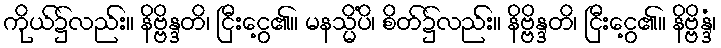
ကိုယ်၌လည်း။ နိဗ္ဗိန္ဒတိ၊ ငြီးငွေ့၏။ မနသ္မိံပိ၊ စိတ်၌လည်း။ နိဗ္ဗိန္ဒတိ၊ ငြီးငွေ့၏။ နိဗ္ဗိန္ဒံ၊